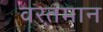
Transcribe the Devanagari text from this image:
वरत़़मान